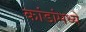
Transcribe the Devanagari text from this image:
कांडांमध्ये